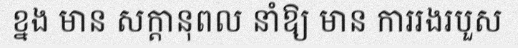
ខ្នង មាន សក្តានុពល នាំឱ្យ មាន ការរងរបួស